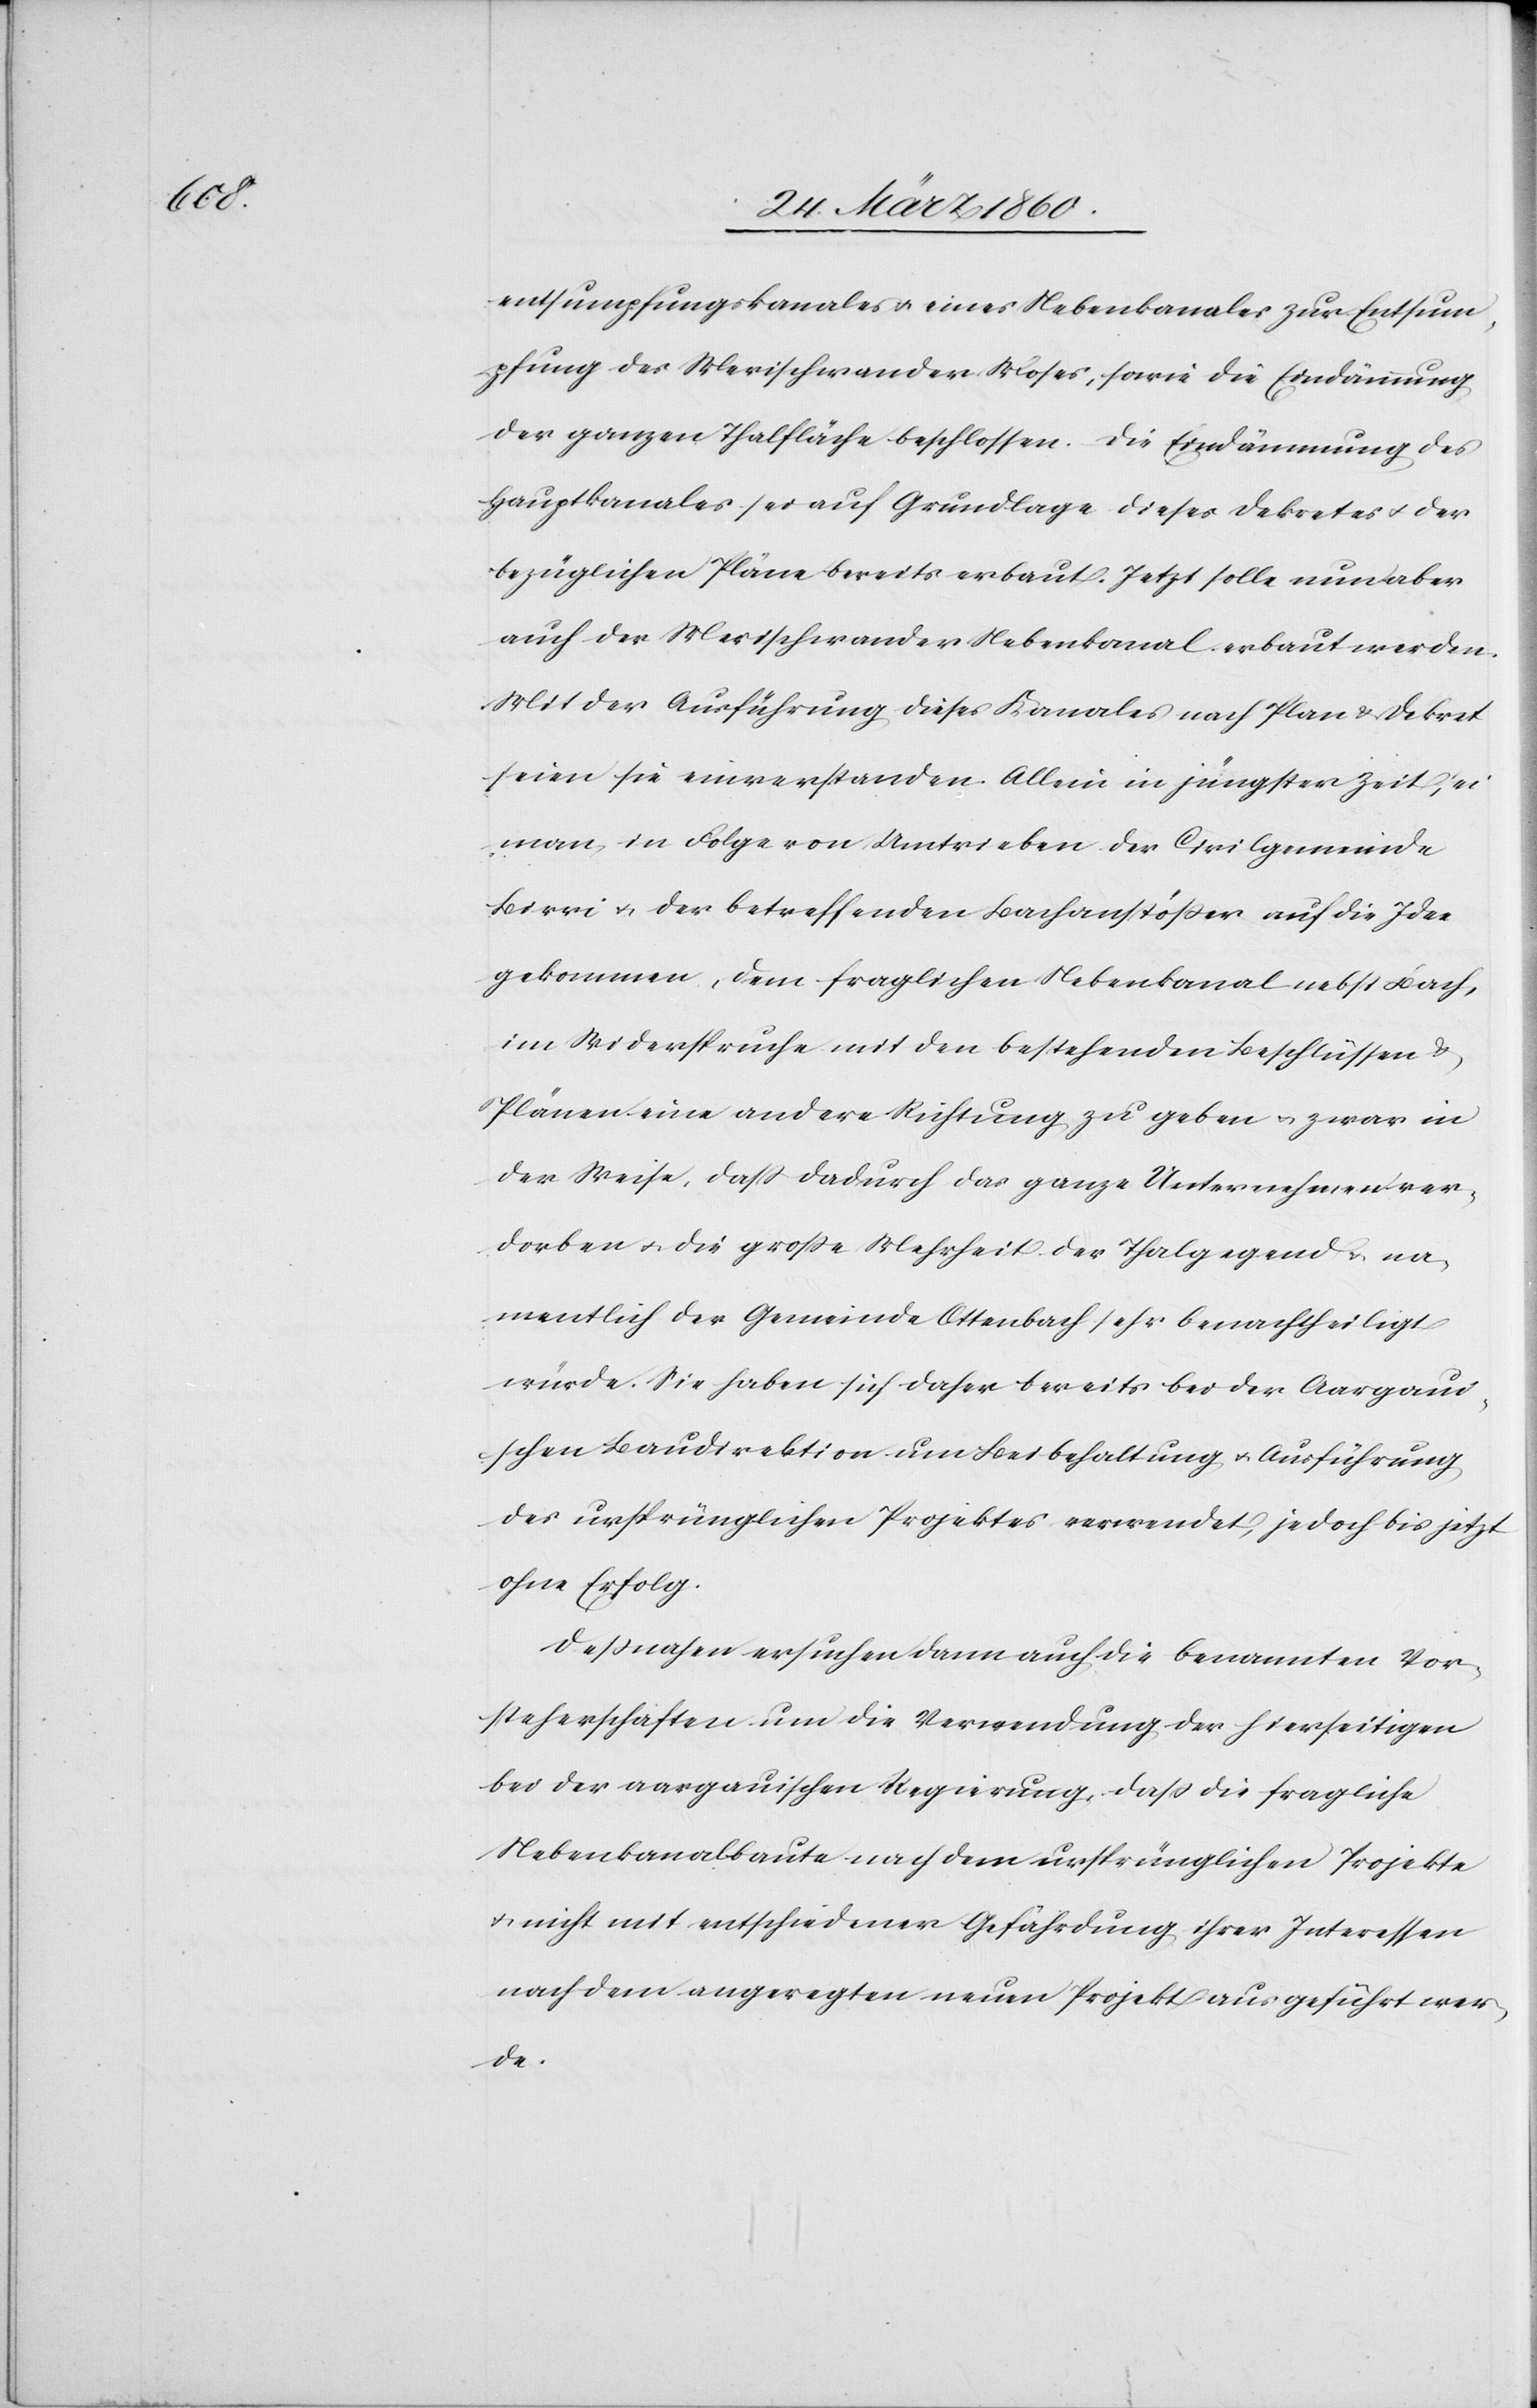
entsumpfungskanales u. eines Nebenkanales zur Entsum¬
pfung des Merischwander Moses, sowie die Eindämmung
der ganzen Thalfläche beschlossen. Die Eindämmung des
Hauptkanales sei auf Grundlage dieses Dekretes u. der
bezüglichen Pläne bereits erbaut. Jetzt solle nun aber
auch der Merischwander Nebenkanal erbaut werden.
Mit der Ausführung dieses Kanales nach Plan u. Dekret
seien sie einverstanden. Allein in jüngster Zeit, wie
man in Folge von Umtrieben der Civilgemeinde
Birri u. der betreffenden Bachanstösser auf die Idee
gekommen, dem fraglichen Nebenkanal nebst Bach,
im Widerspruche mit den bestehenden Beschlüssen u.
Plänen eine andere Richtung zu geben u. zwar in
der Weise, dass dadurch das ganze Unternehmen ver¬
dorben u. die grosse Mehrheit der Thalgegend u. na¬
mentlich der Gemeinde Ottenbach sehr benachtheiligt
würde. Sie haben sich daher bereits bei der Aargau¬
ischen Baudirektion um Beibehaltung u. Ausführung
des ursprünglichen Projektes verwendet, jedoch bis jetzt
ohne Erfolg.
Dessnahen ersuchen dann auch die benannten Vor¬
steherschaften um die Verwendung der hierseitigen
bei der aargauischen Regierung, dass die fragliche
Nebenkanalbaute nach dem ursprünglichen Projekte
u. nicht mit entschiedener Gefährdung ihrer Interessen
nach dem angeregten neuen Projekt ausgeführt wer¬
de.